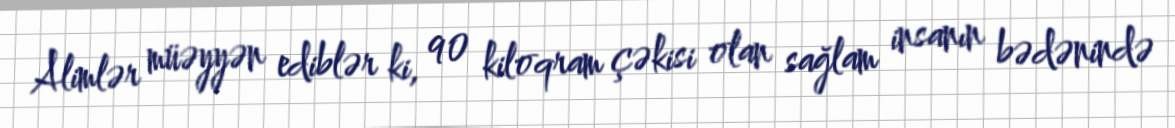
Alimlər müəyyən ediblər ki, 90 kiloqram çəkisi olan sağlam insanın bədənində